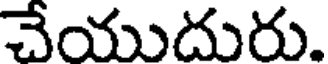
చేయుదురు.